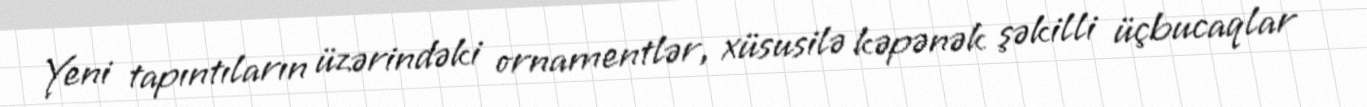
Yeni tapıntıların üzərindəki ornamentlər, xüsusilə kəpənək şəkilli üçbucaqlar